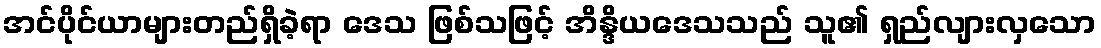
အင်ပိုင်ယာများတည်ရှိခဲ့ရာ ဒေသ ဖြစ်သဖြင့် အိန္ဒိယဒေသသည် သူ၏ ရှည်လျားလှသော